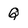
Character: Q